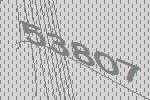
53807